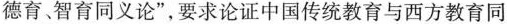
德育、智育同义论”，要求论证中国传统教育与西方教育同